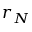
r _ { N }